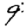
Digit: 9